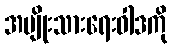
အမျိုးသားရေးဝါဒကို